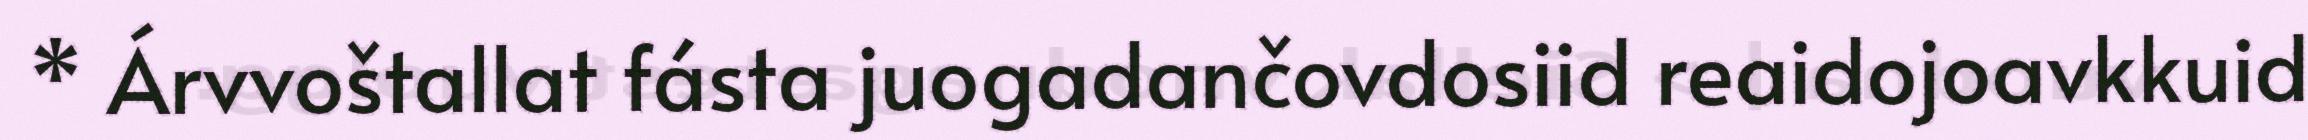
* Árvvoštallat fásta juogadančovdosiid reaidojoavkkuid